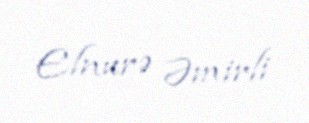
Elnurə Əmirli